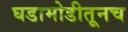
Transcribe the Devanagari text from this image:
घडामोडीतूनच